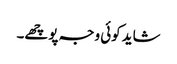
شاید کوئی وجہ پوچھے۔